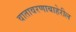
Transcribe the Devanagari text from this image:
वातावरणाबाहेरील